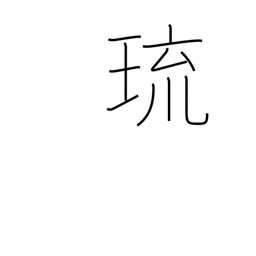
Meaning: gem